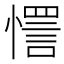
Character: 㦒